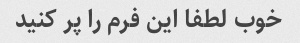
خوب لطفا این فرم را پر کنید